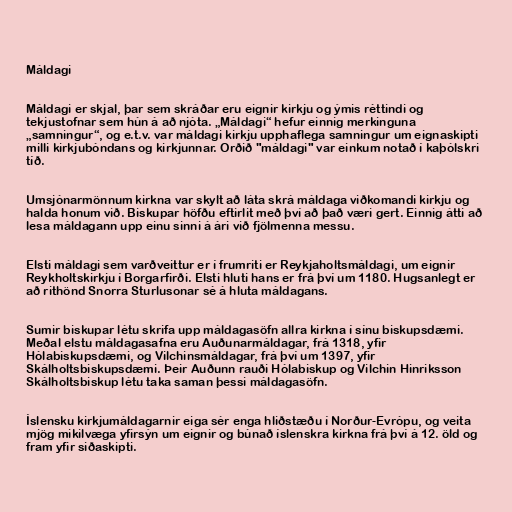
Máldagi

Máldagi er skjal, þar sem skráðar eru eignir kirkju og ýmis réttindi og
tekjustofnar sem hún á að njóta. „Máldagi“ hefur einnig merkinguna
„samningur“, og e.t.v. var máldagi kirkju upphaflega samningur um eignaskipti
milli kirkjubóndans og kirkjunnar. Orðið "máldagi" var einkum notað í kaþólskri
tíð.

Umsjónarmönnum kirkna var skylt að láta skrá máldaga viðkomandi kirkju og
halda honum við. Biskupar höfðu eftirlit með því að það væri gert. Einnig átti að
lesa máldagann upp einu sinni á ári við fjölmenna messu.

Elsti máldagi sem varðveittur er í frumriti er Reykjaholtsmáldagi, um eignir
Reykholtskirkju í Borgarfirði. Elsti hluti hans er frá því um 1180. Hugsanlegt er
að rithönd Snorra Sturlusonar sé á hluta máldagans.

Sumir biskupar létu skrifa upp máldagasöfn allra kirkna í sínu biskupsdæmi.
Meðal elstu máldagasafna eru Auðunarmáldagar, frá 1318, yfir
Hólabiskupsdæmi, og Vilchinsmáldagar, frá því um 1397, yfir
Skálholtsbiskupsdæmi. Þeir Auðunn rauði Hólabiskup og Vilchin Hinriksson
Skálholtsbiskup létu taka saman þessi máldagasöfn.

Íslensku kirkjumáldagarnir eiga sér enga hliðstæðu í Norður-Evrópu, og veita
mjög mikilvæga yfirsýn um eignir og búnað íslenskra kirkna frá því á 12. öld og
fram yfir siðaskipti.